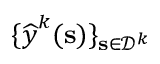
\{ \boldsymbol { { \widehat { y } } } ^ { k } ( \mathbf { s } ) \} _ { \mathbf { s } \in \mathcal { D } ^ { k } }